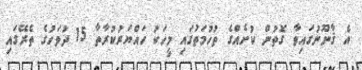
އެ ޤާނޫނުގައިވާ ގޮތުން ކުށެއްގެ ތުހުމަތުގައި މީހަކު ހައްޔަރުކުރާތާ 15 ދުވަހުގެ ތެރޭގައި